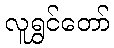
လူရွှင်တော်